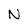
Character: N